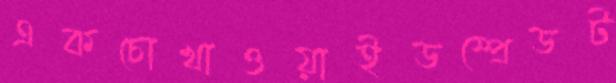
একচোখাওয়াইডস্প্রেডট